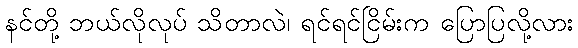
နင်တို့ ဘယ်လိုလုပ် သိတာလဲ၊ ရင်ရင်ငြိမ်းက ပြောပြလို့လား